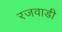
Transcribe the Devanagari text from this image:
रजवाडी